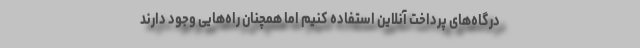
درگاه‌های پرداخت آنلاین استفاده کنیم اما همچنان راه‌هایی وجود دارند